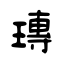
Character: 瑼